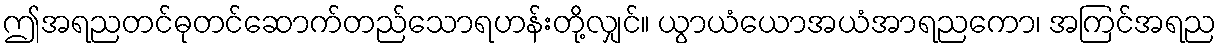
ဤအရညတင်ဓုတင်ဆောက်တည်သောရဟန်းတို့လျှင်။ ယွာယံယောအယံအာရညကော၊ အကြင်အရည